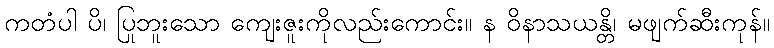
ကတံပါ ပိ၊ ပြုဘူးသော ကျေးဇူးကိုလည်းကောင်း။ န ဝိနာသယန္တိ၊ မဖျက်ဆီးကုန်။